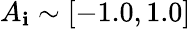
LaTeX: A_{\mathbf{i}}\sim[-1.0,1.0]